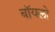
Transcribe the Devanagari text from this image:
बॉयलो